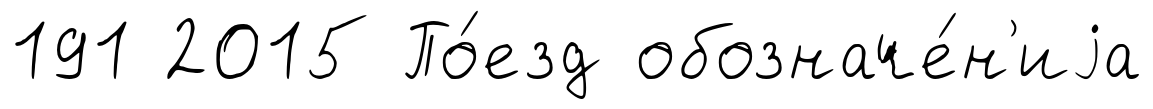
191 2015 По́езд обозначе́н'иjа